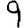
Digit: 9